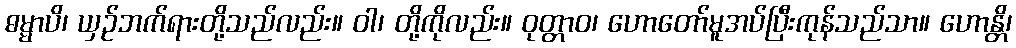
ဓမ္မာပိ၊ ယှဉ်ဘက်ရားတို့သည်လည်း။ ဝါ၊ တို့ကိုလည်း။ ဝုတ္တာဝ၊ ဟောတော်မူအပ်ပြီးကုန်သည်သာ။ ဟောန္တိ၊